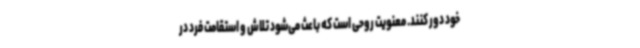
خود دور کنند. معنویت روحی است که باعث می‌شود تلاش و استقامت فرد در